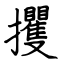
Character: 攫